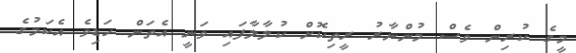
މީގެ ކުރިން ވެސް މުންނާރު ރީތިކޮށް ކުލާލާފައި ވަނީ އެތަން ހަޑިވެ އެކަމުގެ